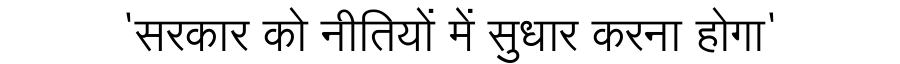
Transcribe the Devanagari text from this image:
'सरकार को नीतियों में सुधार करना होगा'